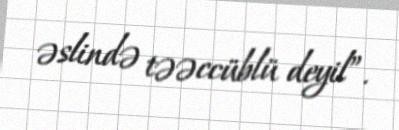
əslində təəccüblü deyil”.